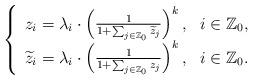
LaTeX: \begin{align*}\left\{\begin{array}{ll}z_i=\lambda_i\cdot \left({1\over 1+\sum_{j\in \mathbb Z_0} \widetilde{z}_j}\right)^k, \ \ i\in \mathbb Z_0, \\\widetilde{z}_i=\lambda_i\cdot \left({1\over 1+\sum_{j\in \mathbb Z_0} z_j}\right)^k, \ \ i\in \mathbb Z_0.\end{array}\right.\end{align*}